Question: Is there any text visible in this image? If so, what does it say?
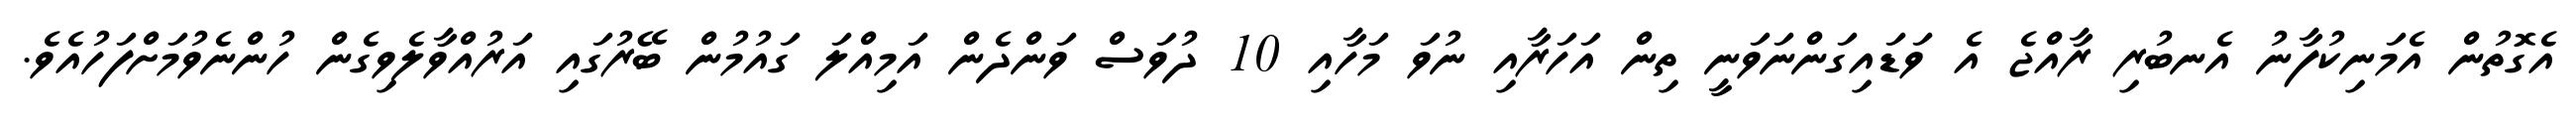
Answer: އެގޮތުން އެމަނިކުފާނު އެނބުރި ރާއްޖެ އެ ވަޑައިގަންނަވަނީ ތިން އަހަރާއި ނުވަ މަހާއި 10 ދުވަސް ވަންދެން އަމިއްލަ ގައުމުން ބޭރުގައި އަރުއްވާލެވިގެން ހުންނެވުމަށްފަހުއެވެ.